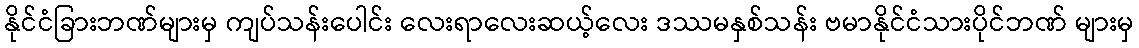
နိုင်ငံခြားဘဏ်များမှ ကျပ်သန်းပေါင်း လေးရာလေးဆယ့်လေး ဒဿမနှစ်သန်း ဗမာနိုင်ငံသားပိုင်ဘဏ် များမှ